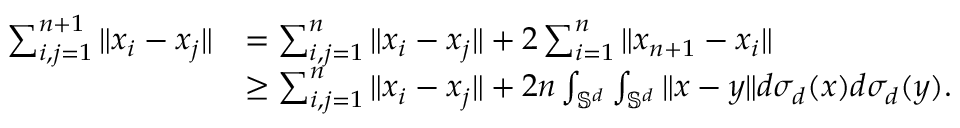
\begin{array} { r l } { \sum _ { i , j = 1 } ^ { n + 1 } \| x _ { i } - x _ { j } \| } & { = \sum _ { i , j = 1 } ^ { n } \| x _ { i } - x _ { j } \| + 2 \sum _ { i = 1 } ^ { n } \| x _ { n + 1 } - x _ { i } \| } \\ & { \geq \sum _ { i , j = 1 } ^ { n } \| x _ { i } - x _ { j } \| + 2 n \int _ { \mathbb { S } ^ { d } } \int _ { \mathbb { S } ^ { d } } \| x - y \| d \sigma _ { d } ( x ) d \sigma _ { d } ( y ) . } \end{array}